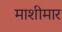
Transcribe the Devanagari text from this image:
माशीमार